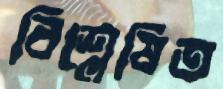
বিশ্লেষিত